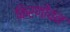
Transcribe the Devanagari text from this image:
किरणीयन